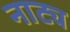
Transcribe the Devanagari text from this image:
नाट्य